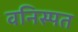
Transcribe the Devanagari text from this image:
वनिस्पत